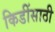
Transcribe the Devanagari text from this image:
किडींसाठी